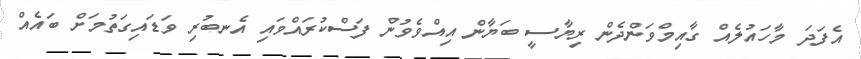
އެފަދަ މާހައުލެއް ގާއިމްވަންދެން ރިޔާސީ ބަޔާން އިއްވެވުން ފަސްކުރައްވައި އެނބުރި ވަޑައިގަތުމަށް ބައެއް